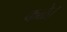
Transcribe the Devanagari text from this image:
कळे।